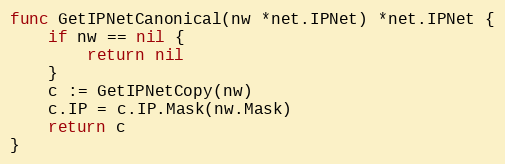
Language: Go
func GetIPNetCanonical(nw *net.IPNet) *net.IPNet {
	if nw == nil {
		return nil
	}
	c := GetIPNetCopy(nw)
	c.IP = c.IP.Mask(nw.Mask)
	return c
}